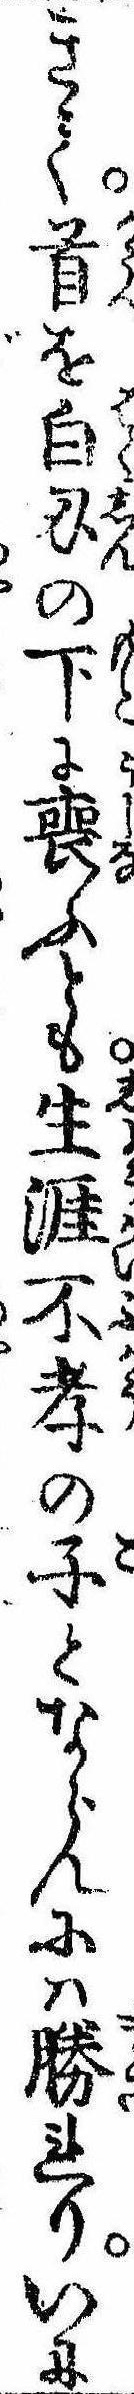
きて首を白刃の下に喪ふとも生涯不孝の子とならんには勝れりいに